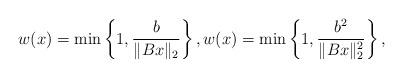
LaTeX: \begin{align*}w(x) = \min\left\{1, \frac{b}{\|Bx\|_2}\right\}, w(x) = \min\left\{1, \frac{b^2}{\|Bx\|_2^2}\right\},\end{align*}